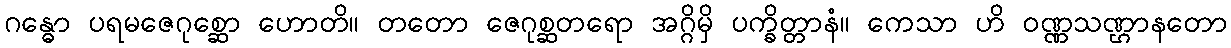
ဂန္ဓော ပရမဇေဂုစ္ဆော ဟောတိ။ တတော ဇေဂုစ္ဆတရော အဂ္ဂိမှိ ပက္ခိတ္တာနံ။ ကေသာ ဟိ ဝဏ္ဏသဏ္ဌာနတော